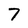
Character: 7